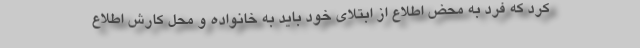
کرد که فرد به محض اطلاع از ابتلای خود باید به خانواده و محل کارش اطلاع